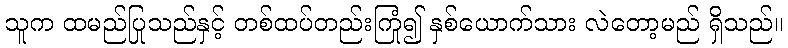
သူက ထမည်ပြုသည်နှင့် တစ်ထပ်တည်းကြုံ၍ နှစ်ယောက်သား လဲတော့မည် ရှိသည်။